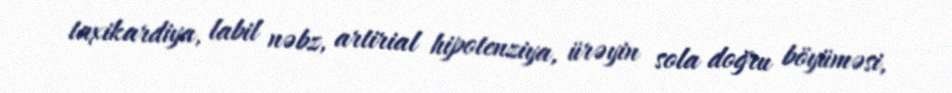
taxikardiya, labil nəbz, artirial hipotenziya, ürəyin sola doğru böyüməsi,